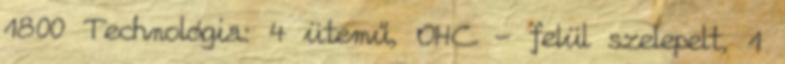
1800 Technológia: 4 ütemű, OHC - felül szelepelt, 1